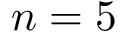
n = 5